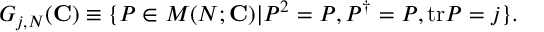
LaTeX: G _ { j , N } ( { \mathbf { C } } ) \equiv \{ P \in M ( N ; { \mathbf { C } } ) | P ^ { 2 } = P , P ^ { \dag } = P , \mathrm { t r } P = j \} .